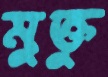
মুক্তু